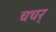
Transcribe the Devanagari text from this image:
चचर्